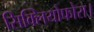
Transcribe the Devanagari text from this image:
सिक्लियोफोरा।